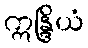
ဣန္ဒြိယံ